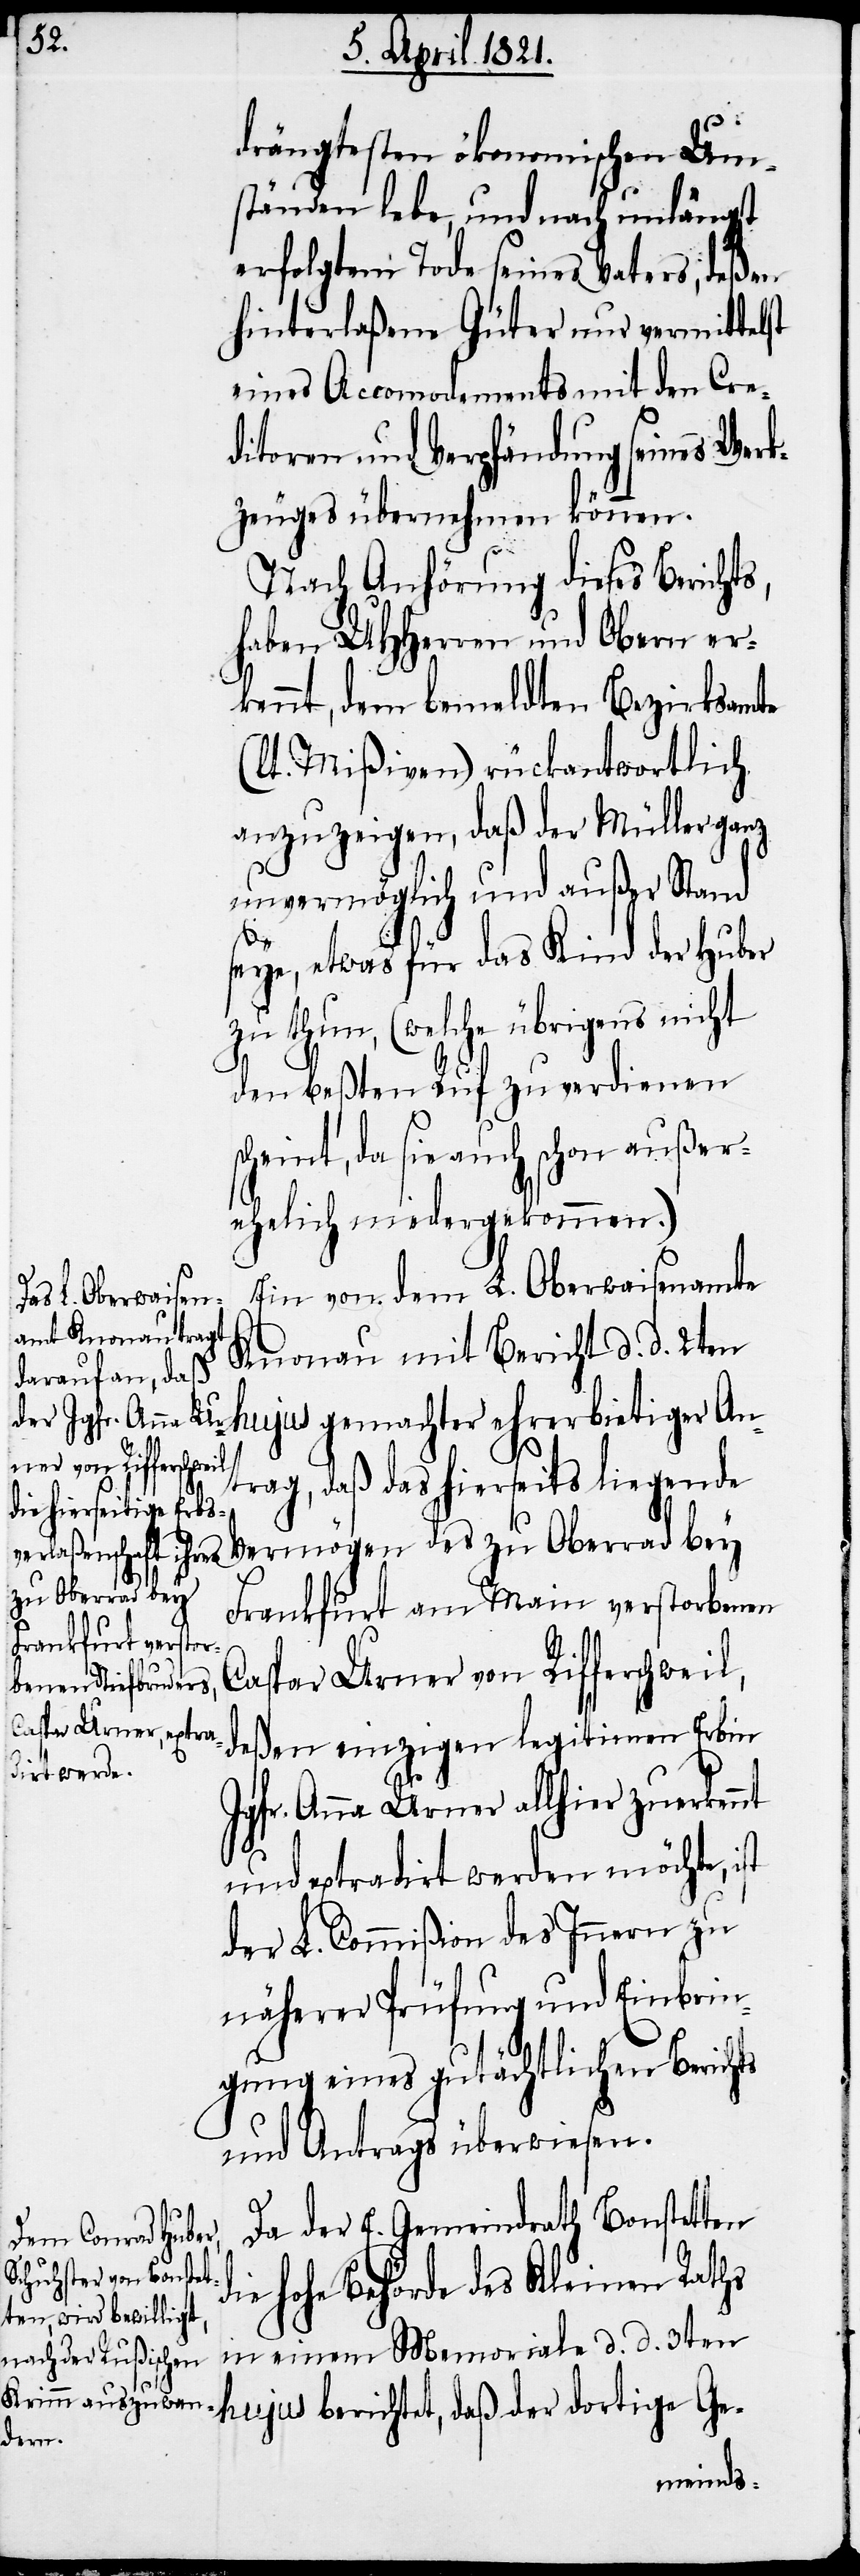
drängtesten ökonomischen Um¬
ständen lebe, und nach unlängst
erfolgtem Tode seines Vaters, deßen
hinterlaßene Güter nur vermittelst
eines Accomodements mit den Cre¬
ditoren und Verpfändung seines Wer¬
kzeuges übernehmen können.
Nach Anhörung dieses Berichts,
haben UHHerren und Obern er¬
kennt, dem bemeldten Bezirksamte
(lt. Mißiven) rückantwortlich
anzuzeigen, daß der Müller ganz
unvermöglich und außer Stand
seye, etwas für das Kind der Huber
zu thun, (welche übrigens nicht
den beßten Ruf zu verdienen
scheint, da sie auch schon außer¬
ehelich niedergekommen.)
Ein von dem L. Oberwaisenamte
Knonau mit Bericht d. d. 2ten
hujus gemachter ehrerbietiger Ant¬
rag, daß das hierseits liegende
Vermögen des zu Oberrad bey
Frankfurt am Main verstorbenen
Caspar Urner von Rifferschweil,
deßen einzigen legitimirten Erbin
Jgfr. Anna Urner allhier zuerkennt
und extradirt werden möchte, ist
der L. Commißion des Innern zu
näherer Prüfung und Einbrin¬
gung eines gutächtlichen Berichts
und Antrags überwiesen.
Da der E. Gemeindrath Bonstetten
hohe Behörde des Kleinen Rathes
in einem Memoriale d. d. 3ten
hujus berichtet, daß der dortige Ge-